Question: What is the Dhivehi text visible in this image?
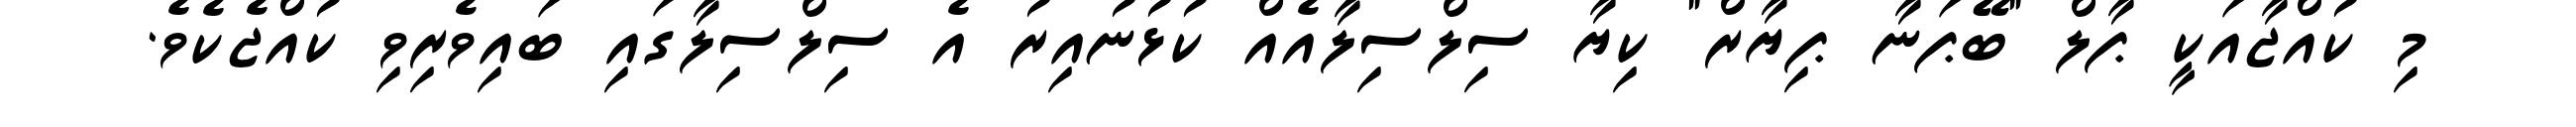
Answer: މި ކުއްޖާއަކީ ޕާލް "ބޭޕަނާ ޕިޔާރް" ކިޔާ ސިލްސިލާއެއް ކުޅުނުއިރު އެ ސިލްސިލާގައި ބައިވެރިވި ކުއްޖެކެވެ.